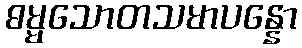
ဓမ္မသောတသမာပန္နော